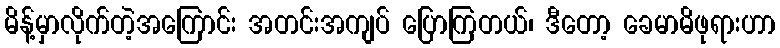
မိန့်မှာလိုက်တဲ့အကြောင်း အတင်းအကျပ် ပြောကြတယ်၊ ဒီတော့ ခေမာမိဖုရားဟာ